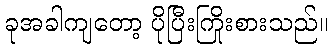
ခုအခါကျတော့ ပိုပြီးကြိုးစားသည်။